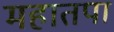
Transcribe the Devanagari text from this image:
महातपा